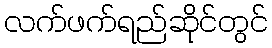
လက်ဖက်ရည်ဆိုင်တွင်